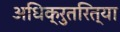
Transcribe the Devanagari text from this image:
अधिक्रुतरित्या